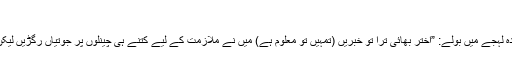
“
پھر اچانک وہ افسردہ لہجے میں بولے: ”اختر بھائی ترا تو خبریں (تمہیں تو معلوم ہے) میں نے ملازمت کے لیے کتنے ہی چینلوں پر جوتیاں رگڑیں لیکن کچھ بھی نہیں ہوا۔